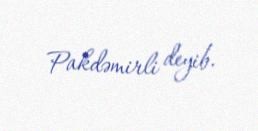
Pakdəmirli deyib.